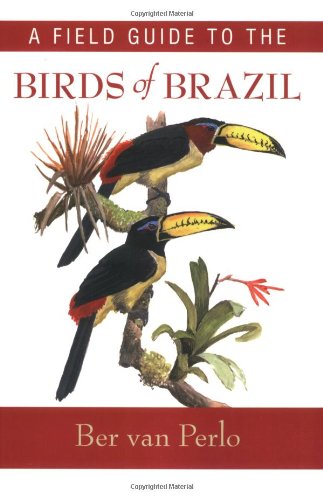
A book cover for A Field Guide to the Birds of Brazil; Ber van Perlo; Science & Math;